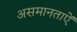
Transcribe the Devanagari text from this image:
असमानताऐं